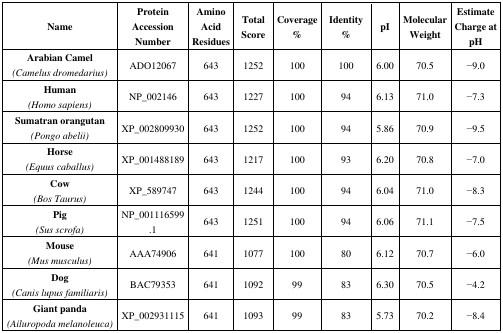
| Name | Protein Accession Number | Amino Acid Residues | Total Score | Coverage % | Identity % | pI | Molecular Weight | Estimate Charge at pH |
 | --- | --- | --- | --- | --- | --- | --- | --- | --- |
 | Arabian Camel(Camelus dromedarius) | ADO12067 | 643 | 1252 | 100 | 100 | 6.00 | 70.5 | −9.0 |
 | Human(Homo sapiens) | NP_002146 | 643 | 1227 | 100 | 94 | 6.13 | 71.0 | −7.3 |
 | Sumatran orangutan(Pongo abelii) | XP_002809930 | 643 | 1252 | 100 | 94 | 5.86 | 70.9 | −9.5 |
 | Horse(Equus caballus) | XP_001488189 | 643 | 1217 | 100 | 93 | 6.20 | 70.8 | −7.0 |
 | Cow(Bos Taurus) | XP_589747 | 643 | 1244 | 100 | 94 | 6.04 | 71.0 | −8.3 |
 | Pig(Sus scrofa) | NP_001116599.1 | 643 | 1251 | 100 | 94 | 6.06 | 71.1 | −7.5 |
 | Mouse(Mus musculus) | AAA74906 | 641 | 1077 | 100 | 80 | 6.12 | 70.7 | −6.0 |
 | Dog(Canis lupus familiaris) | BAC79353 | 641 | 1092 | 99 | 83 | 6.30 | 70.5 | −4.2 |
 | Giant panda(Ailuropoda melanoleuca) | XP_002931115 | 641 | 1093 | 99 | 83 | 5.73 | 70.2 | −8.4 |